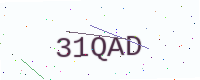
Text: 31QAD